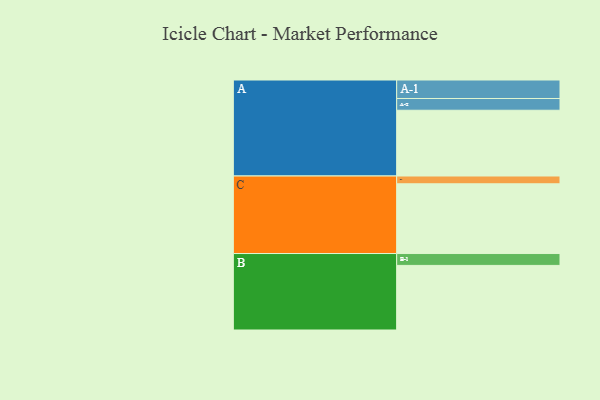
{"axis": {"x": "Segment", "y": "Value"}, "legend": ["", "A", "B", "C"], "data": [{"x": "A", "y": 498, "type": ""}, {"x": "B", "y": 489, "type": ""}, {"x": "C", "y": 528, "type": ""}, {"x": "A-1", "y": 140, "type": "A"}, {"x": "A-2", "y": 89, "type": "A"}, {"x": "B-1", "y": 90, "type": "B"}, {"x": "C-1", "y": 59, "type": "C"}]}